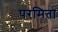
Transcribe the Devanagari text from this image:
परमिता